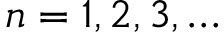
n = 1 , 2 , 3 , \dots